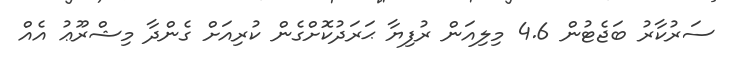
ސަރުކާރު ބަޖެޓުން 4.6 މިލިއަން ރުފިޔާ ޙަރަދުކޮށްގެން ކުރިއަށް ގެންދާ މިޝްރޫޢު އެއް